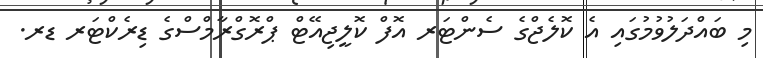
މި ބައްދަލުވުމުގައި އެ ކޮލެޖްގެ ސެންޓަރ އޮފް ކޮލީޖިއޭޓް ޕްރޮގްރާމްސްގެ ޑިރެކްޓަރ ޑރ.